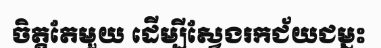
ចិត្តតែមួយ ដើម្បីស្វែងរកជ័យជម្នះ